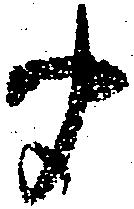
聞